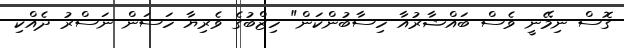
ގޮސް ނިމޭނީ ވެސް ބައްޝާރުއާ ހިސާބުންކަން" ހިޒްބުގެ ވެރިޔާ ހަސަން ނަސްރު ދެއްކި